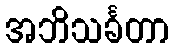
အဘိသင်္ခတာ